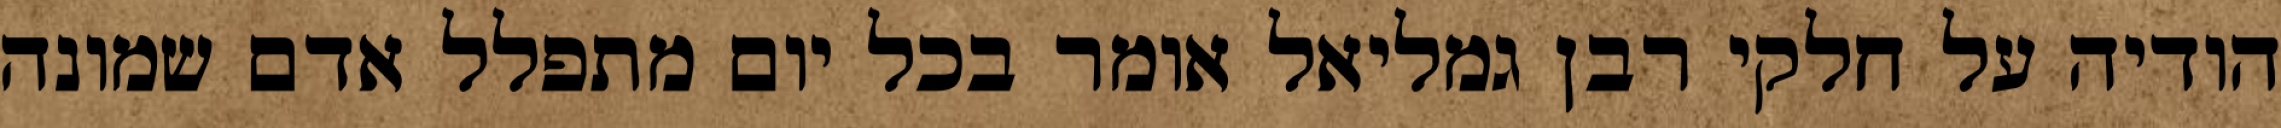
הודיה על חלקי רבן גמליאל אומר בכל יום מתפלל אדם שמונה